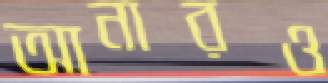
আনারও